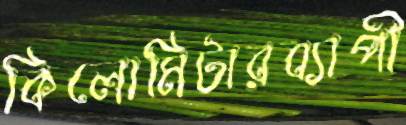
কিলোমিটারব্যাপী